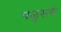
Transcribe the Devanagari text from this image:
पळुसचे